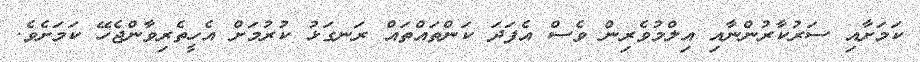
ކަމަށާއި ސަރުކާރުންނާއި އިލްމުވެރިން ވެސް އެފަދަ ކަންތައްތައް ރަނގަޅު ކުރުމަށް އެހީތެރިވާންޖެހޭ ކަމަށެވެ.